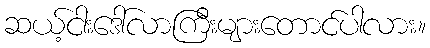
ဆယ့်ငါးဒေါ်လာကြီးများတောင်ပါလား။